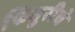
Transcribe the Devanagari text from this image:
फितुरीचे